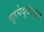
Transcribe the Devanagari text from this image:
गुडघेदुखीमुळे